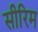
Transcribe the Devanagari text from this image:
सीरिम